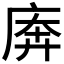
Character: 𫷱